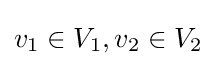
v_{1}\in V_{1},v_{2}\in V_{2}